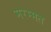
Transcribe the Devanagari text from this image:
मरम्मत